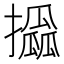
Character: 𢸖